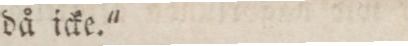
då icke."